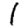
Digit: 1